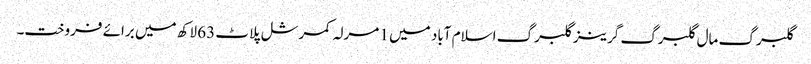
گلبرگ مال گلبرگ گرینز گلبرگ اسلام آباد میں 1 مرلہ کمرشل پلاٹ 63 لاکھ میں برائے فروخت۔